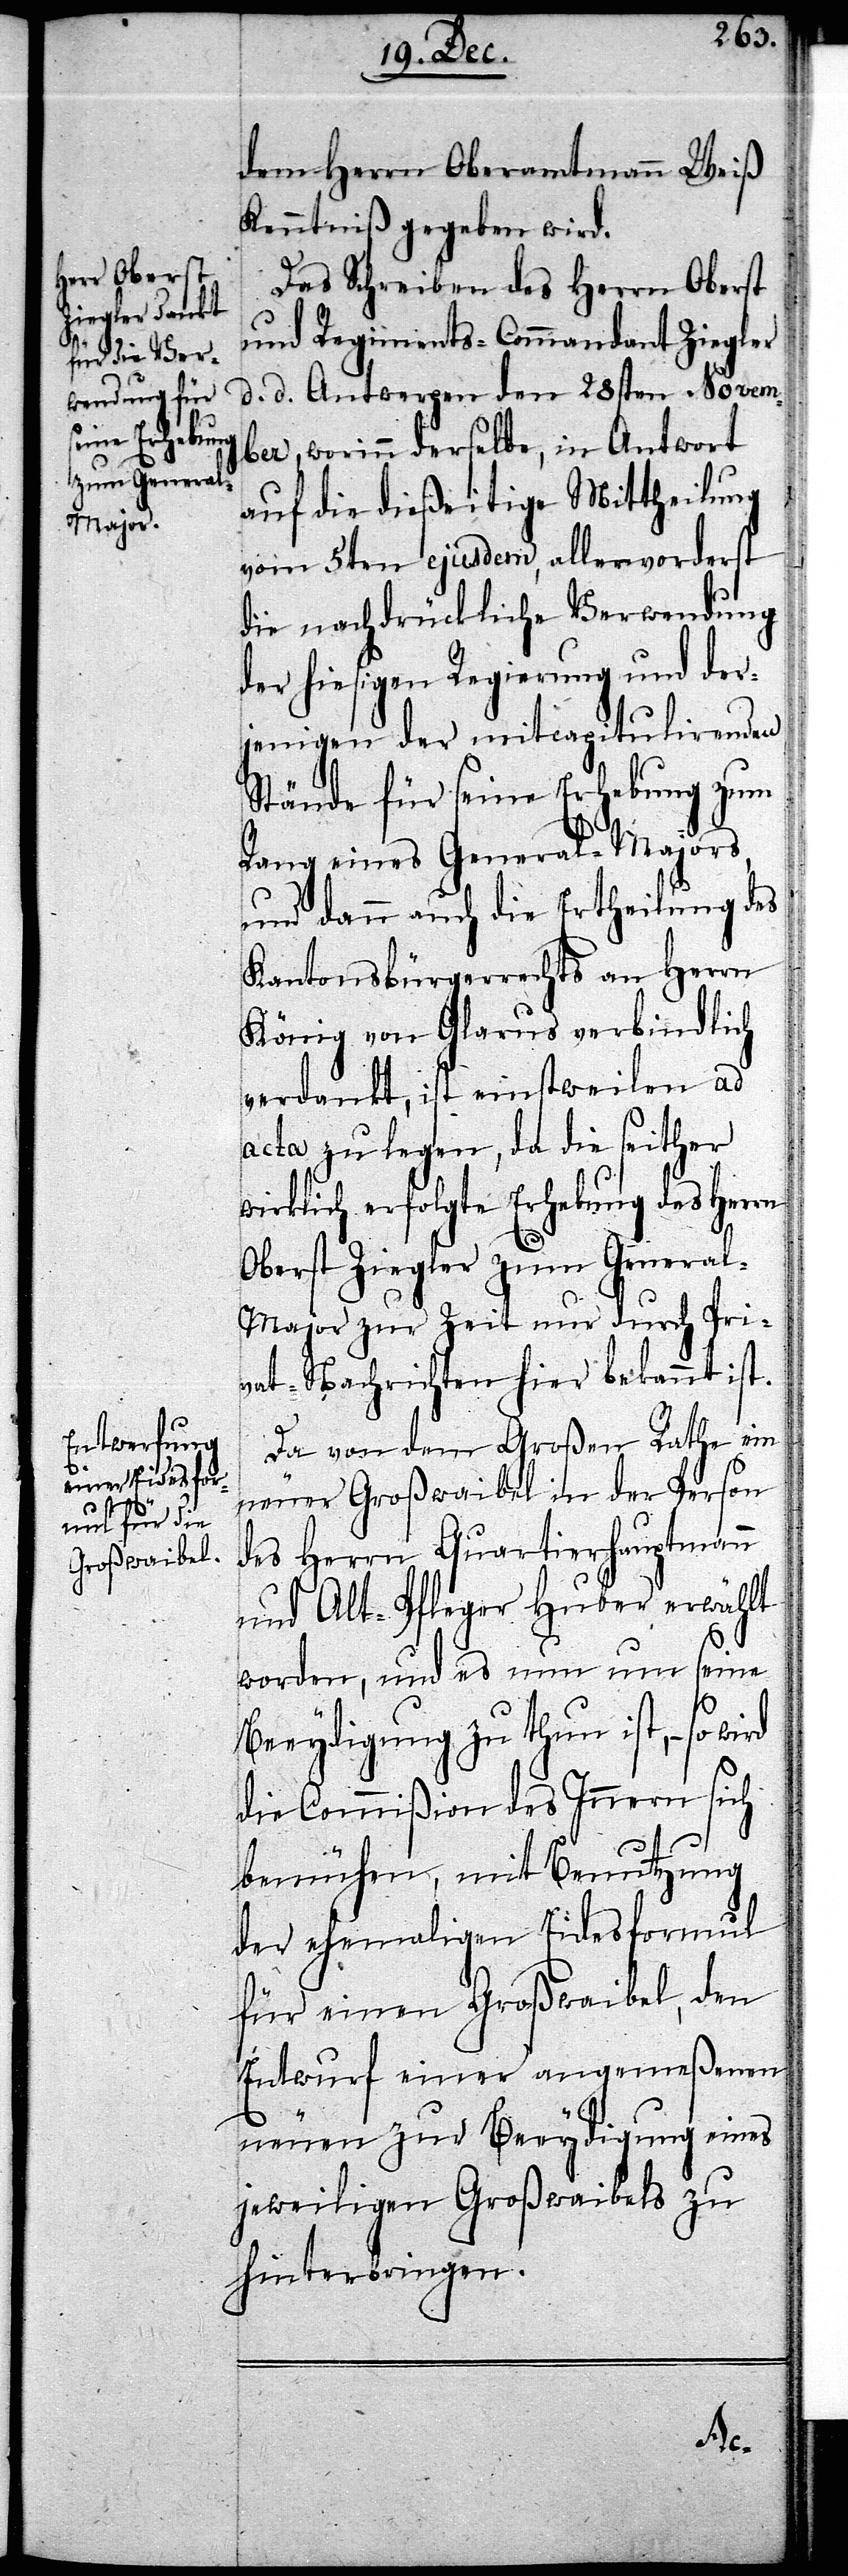
dem Herrn Oberamtmann Weiß
Kenntniß gegeben wird.
Das Schreiben des Herrn Oberst
und Regiments-Commandant Ziegler
d. d. Antwerpen den 28sten Novem¬
ber, worinn derselbe, in Antwort
auf die dießeitige Mittheilung
vom 5ten ejusdem, allervorderst
die nachdrückliche Verwendung
der hiesigen Regierung und der¬
jenigen der mitcapitulirenden
Stände für seine Erhebung zum
Rang eines General-Majors,
und dann auch die Ertheilung des
Kantonsbürgerrechts an Herrn
König von Glarus verbindlich
verdankt, ist einstweilen ad
acta zu legen, da die seither
irklich erfolgte Erhebung des Herrn
Oberst Ziegler zum Genera¬
l-Major zur Zeit nur durch Pri¬
vat-Nachrichten hier bekannt ist.
Da von dem Großen Rathe ein
neuer Großwaibel in der Person
des Herrn Quartierhauptmann
und Alt-Pfleger Huber erwählt
w¬
worden, und es nun um seine
Beeydigung zu thun ist, – so wird
die Commißion des Innern sich
bemühen, mit Benutzung
der ehemaligen Eidesformul
für einen Großwaibel, den
Entwurf einer angemeßenen
neuen zur Beeydigung eines
jeweiligen Großwaibels zu
hinterbringen.